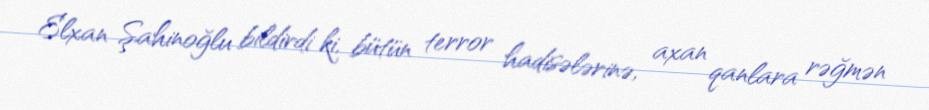
Elxan Şahinoğlu bildirdi ki, bütün terror hadisələrinə, axan qanlara rəğmən